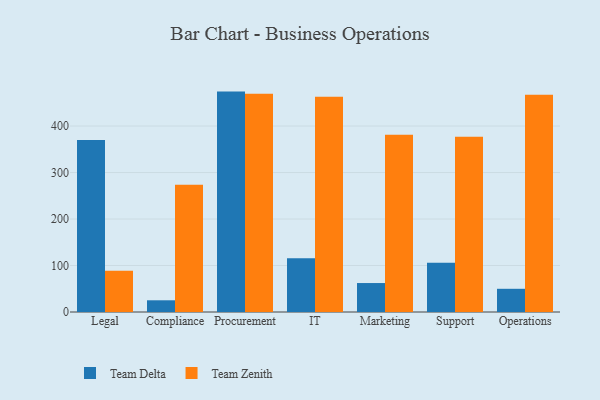
{"axis": {"x": "Department", "y": "Budget (USD K)"}, "legend": ["Team Delta", "Team Zenith"], "data": [{"x": "Legal", "y": 370.2, "type": "Team Delta"}, {"x": "Legal", "y": 88.8, "type": "Team Zenith"}, {"x": "Compliance", "y": 25.2, "type": "Team Delta"}, {"x": "Compliance", "y": 273.8, "type": "Team Zenith"}, {"x": "Procurement", "y": 474.1, "type": "Team Delta"}, {"x": "Procurement", "y": 469.3, "type": "Team Zenith"}, {"x": "IT", "y": 115.7, "type": "Team Delta"}, {"x": "IT", "y": 463.2, "type": "Team Zenith"}, {"x": "Marketing", "y": 62.3, "type": "Team Delta"}, {"x": "Marketing", "y": 381.1, "type": "Team Zenith"}, {"x": "Support", "y": 106.0, "type": "Team Delta"}, {"x": "Support", "y": 376.8, "type": "Team Zenith"}, {"x": "Operations", "y": 49.9, "type": "Team Delta"}, {"x": "Operations", "y": 467.5, "type": "Team Zenith"}]}